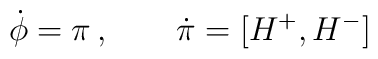
\dot{\phi} = \pi\,, \qquad \dot{\pi}  = [H^+ ,H^- ]